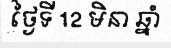
ថ្ងៃទី 12 មិនា ឆ្នាំ